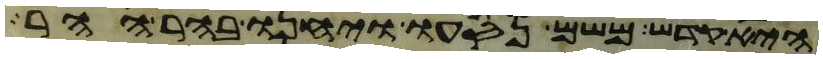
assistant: היא קדש משם נסעו ויחנו בהר ההר